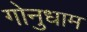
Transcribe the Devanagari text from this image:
गोनुधाम